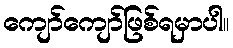
ကျော်ကျော်ဖြစ်ရမှာပါ။